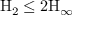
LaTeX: \mathrm { H } _ { 2 } \leq 2 \mathrm { H } _ { \infty }